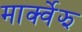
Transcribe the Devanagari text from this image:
मार्क्वेझ